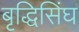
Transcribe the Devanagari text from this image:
बृद्धिसिंघ